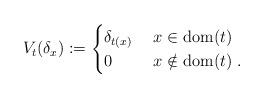
LaTeX: \begin{align*} V_t(\delta_x):=\begin{cases} \delta_{t(x)} & \ x \in \mathrm{dom}(t)\\ 0 & \ x \notin \mathrm{dom}(t) \;.\end{cases}\end{align*}